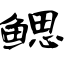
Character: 鳃